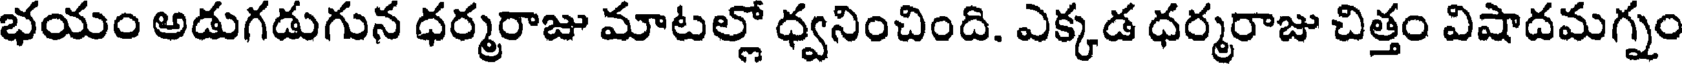
భయం అడుగడుగున ధర్మరాజు మాటల్లో ధ్వనించింది. ఎక్కడ ధర్మరాజు చిత్తం విషాదమగ్నం